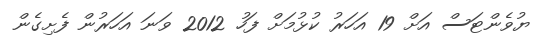
ޔުވެންޓަސް އަށް 19 އަހަރު ކުޅުމަށް ފަހު 2012 ވަނަ އަހަރުން ފެށިގެން